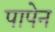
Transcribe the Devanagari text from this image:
पापेन